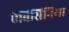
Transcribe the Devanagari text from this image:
ऐबिसिनिया